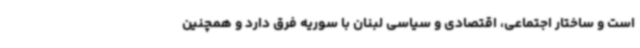
است و ساختار اجتماعی، اقتصادی و سیاسی لبنان با سوریه فرق دارد و همچنین